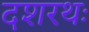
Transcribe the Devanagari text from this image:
दशरथः